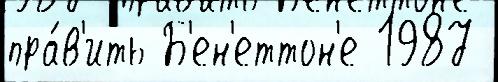
пра́в'ить Б'ен'еттон'е 1987